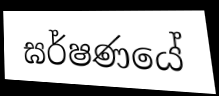
ඝර්ෂණයේ